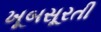
ખૂબસૂરતી